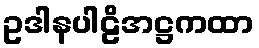
ဥဒါနပါဠိအဋ္ဌကထာ